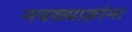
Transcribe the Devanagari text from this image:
नवख्याज्ञांना